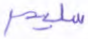
سليم